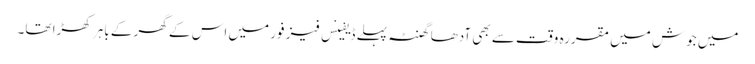
میں جوش میں مقررہ وقت سے بھی آدھا گھنٹہ پہلے ڈیفینس فیز فور میں اس کے گھر کے باہر کھڑا تھا۔